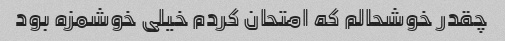
چقدر خوشحالم که امتحان کردم خیلی خوشمزه بود